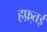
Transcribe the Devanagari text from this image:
हफ़्तई